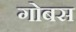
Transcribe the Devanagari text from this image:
गोबस